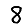
Digit: 8